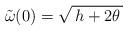
LaTeX: \begin{align*}\:\tilde{\omega }(0) = \sqrt{\,h + 2\theta \,}\:\end{align*}